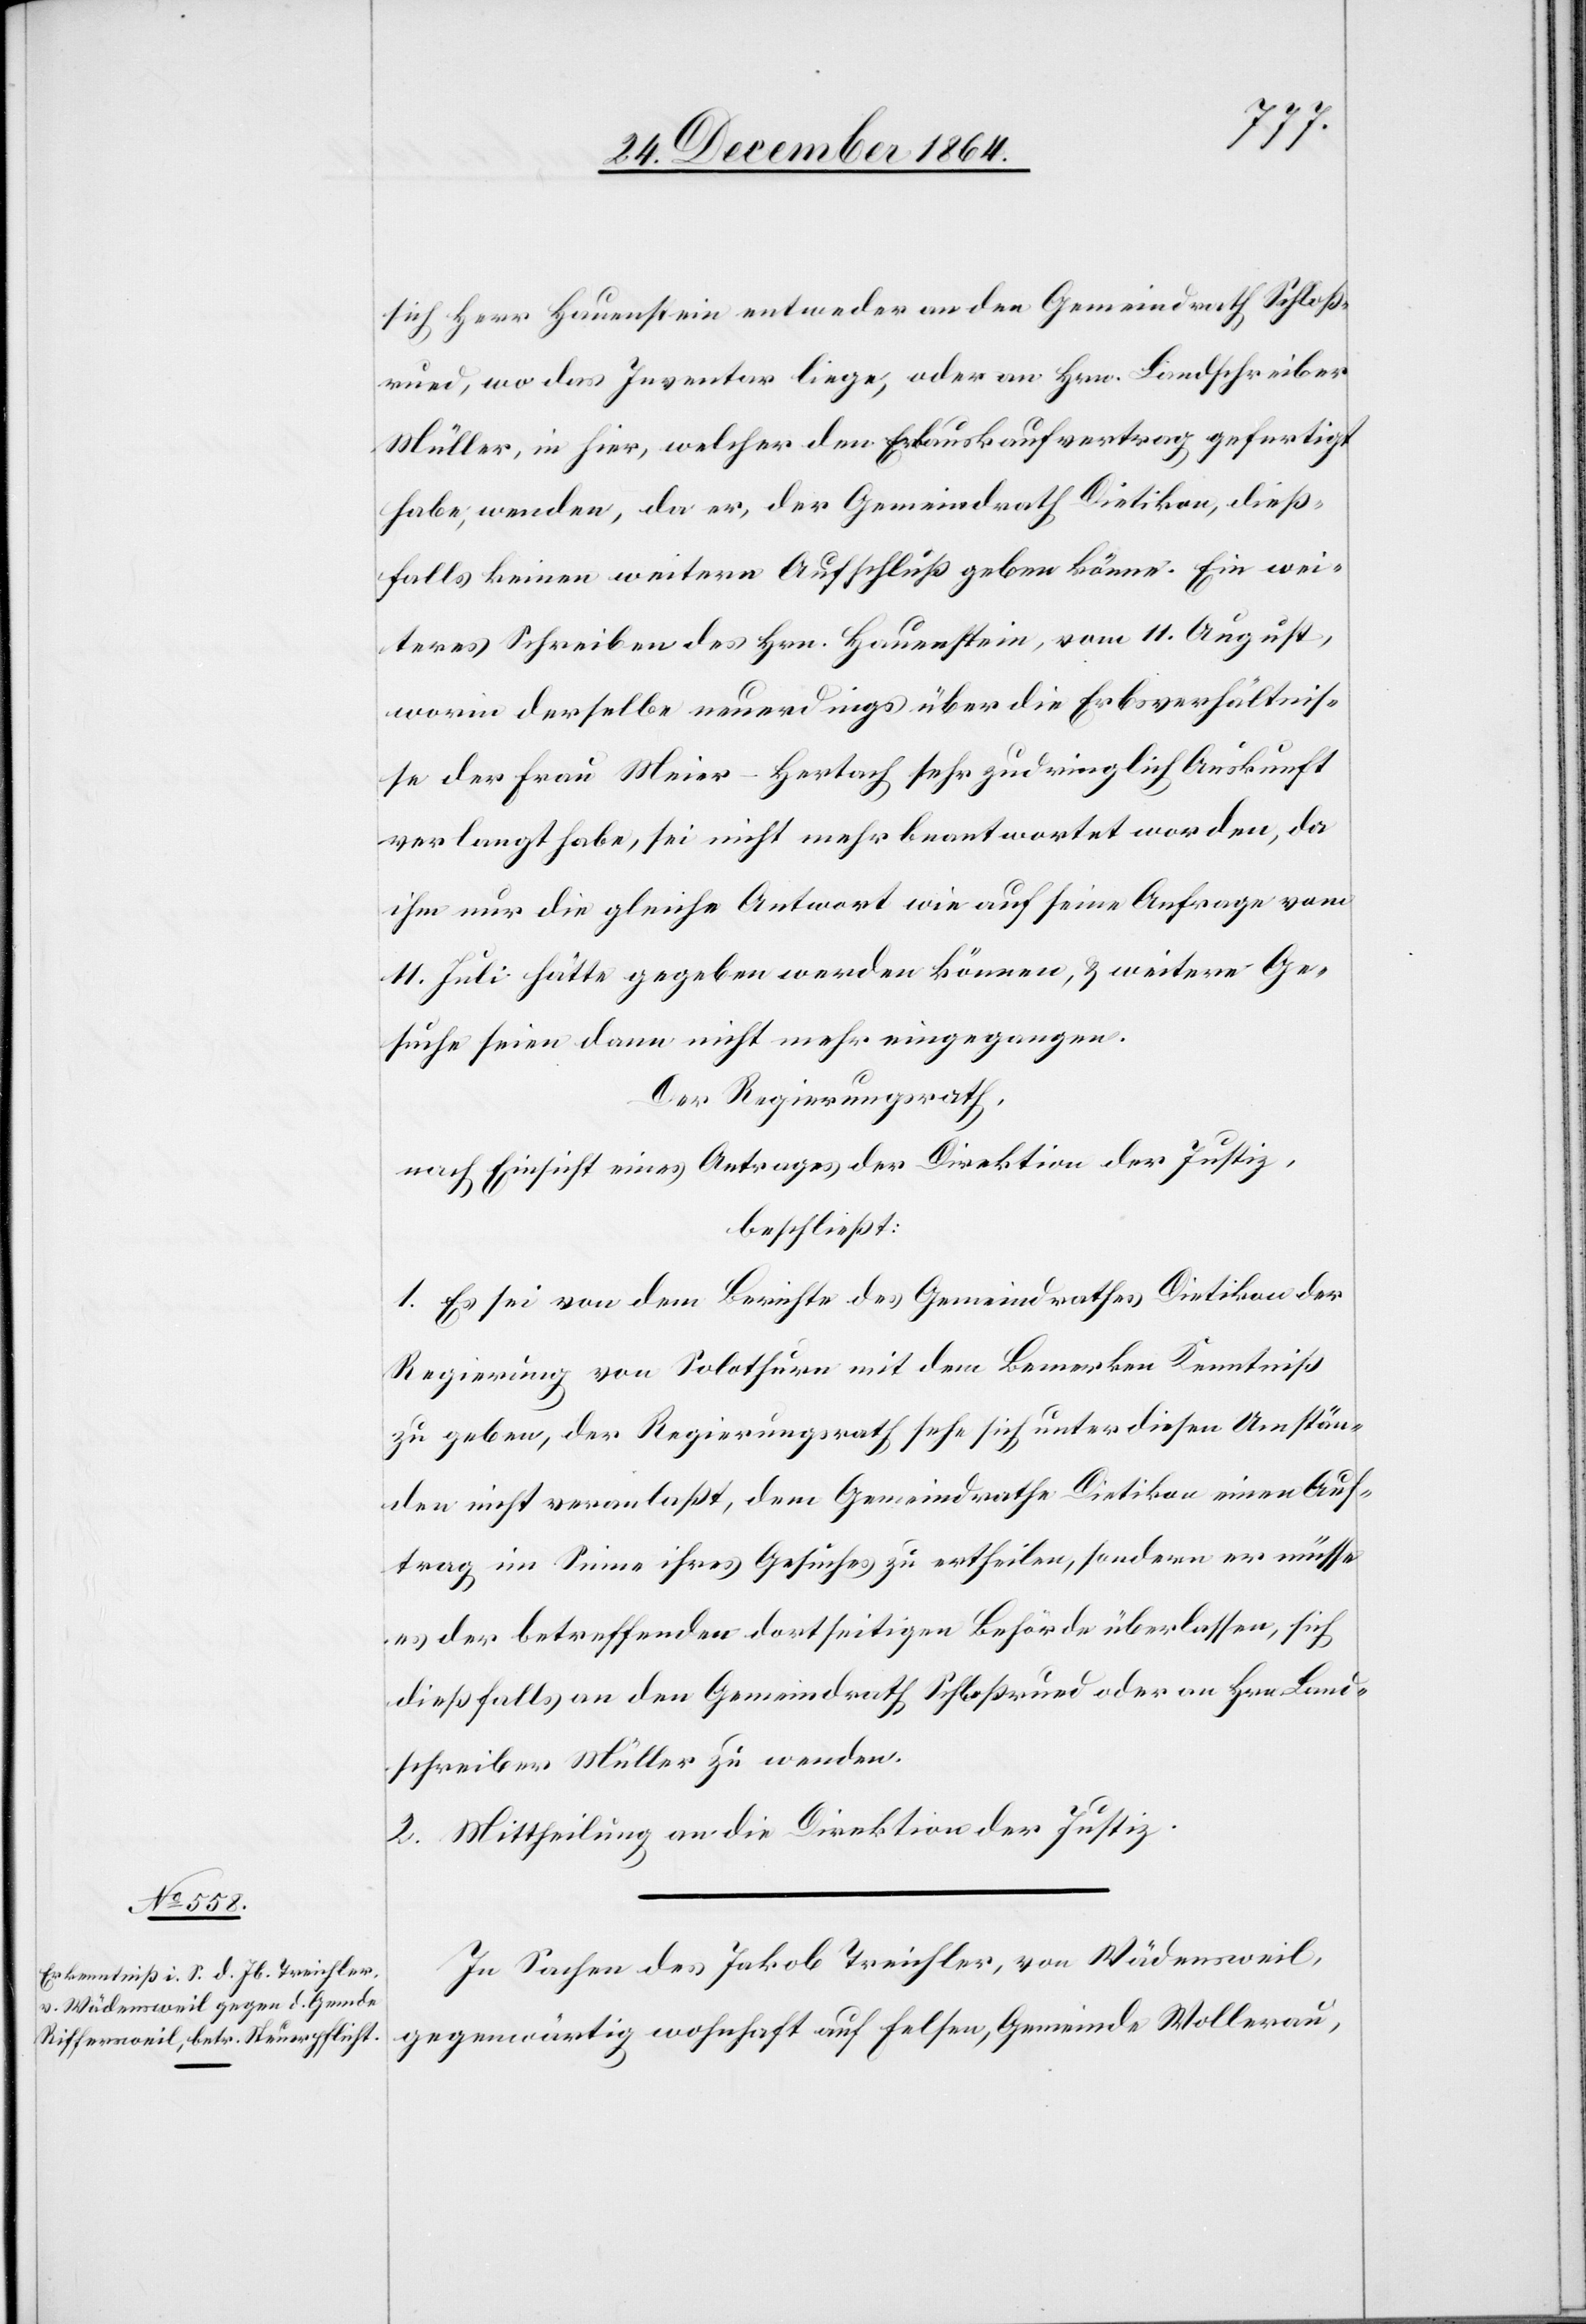
sich Herr Hauenstein entweder an den Gemeindrath Schloß¬
ried, wo das Inventar liege, oder an Hrn. Landschreiber
Müller, in hier, welcher den Erbauskaufsvertrag gefertigt
habe, wenden, da er, der Gemeindrath Dietikon, dieß¬
falls keinen weitern Aufschluß geben könne. Ein wei¬
teres Schreiben des Hrn. Hauenstein, vom 11. August,
worin derselbe neuerdings über die Erbsverhältnis¬
se der Frau Meier-Hertach sehr zudringlich Auskunft
verlangt habe, sei nicht mehr beantwortet worden, da
ihm nur die gleiche Antwort wie auf seine Anfrage vom
11. Juli hätte gegeben werden können, & weitere Ge¬
suche seien dann nicht mehr eingegangen.
Der Regierungsrath,
nach Einsicht eines Antrages der Direktion der Justiz,
beschließt:
1. Es sei von dem Berichte des Gemeindrathes Dietikon der
Regierung von Solothurn mit dem Bemerken Kenntniß
zu geben, der Regierungsrath sehe sich unter diesen Umstän¬
den nicht veranlaßt, dem Gemeindrathe Dietikon einen Auf¬
trag im Sinne ihres Gesuches zu ertheilen, sondern er müsse
es der betreffenden dortseitigen Behörde überlassen, sich
dießfalls an den Gemeindrath Schloßried oder an Hrn. Land¬
schreiber Müller zu wenden.
2. Mittheilung an die Direktion der Justiz.
In Sachen des Jakob Treichler, von Wädensweil,
gegenwärtig wohnhaft auf Felsen, Gemeinde Wollerau,